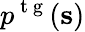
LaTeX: p^{\mathrm{~t~g~}}(\mathbf{s})